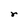
Character: r